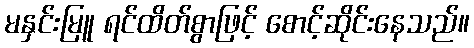
မနှင်းမြူ ရင်ထိတ်စွာဖြင့် စောင့်ဆိုင်းနေသည်။